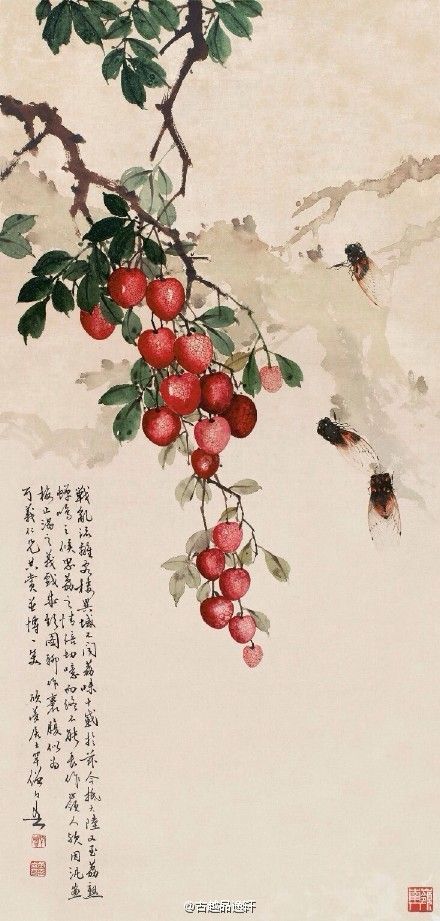
云收雨过波添，楼高水冷瓜甜，绿树阴垂画檐。